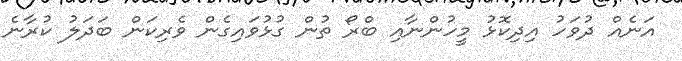
އަނެއް ދުވަހު އިދިކޮޅު މީހުންނާއި ބްރޯ ތުން ގުޅުވައިގެން ވެރިކަން ބަދަލު ކުރާނެ